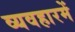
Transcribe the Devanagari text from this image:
व्यवहारमें